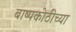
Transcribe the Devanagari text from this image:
बाष्पकोठीच्या